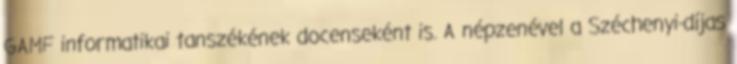
GAMF informatikai tanszékének docenseként is. A népzenével a Széchenyi-díjas